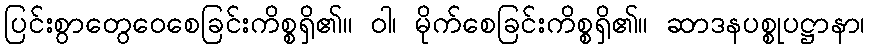
ပြင်းစွာတွေဝေစေခြင်းကိစ္စရှိ၏။ ဝါ၊ မိုက်စေခြင်းကိစ္စရှိ၏။ ဆာဒနပစ္စုပဋ္ဌာနာ၊